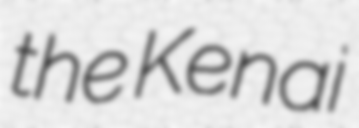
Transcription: the Kenai